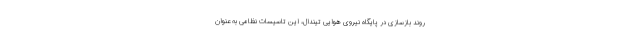
روند بازسازی در پایگاه نیروی هوایی تیندال، این تاسیسات نظامی به عنوان